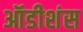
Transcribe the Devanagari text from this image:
ऑडीशंस